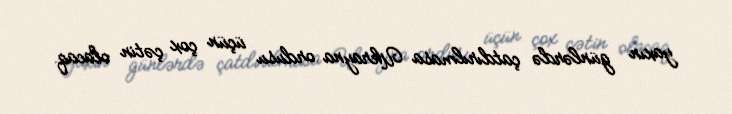
yaxın günlərdə çatdırılmasa Ukrayna ordusu üçün çox çətin olacaq.